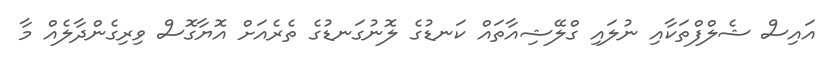
އައިސް ޝެލްފްތަކާއި ނުލައި ގްލޭޝިއާތައް ކަނޑުގެ ލޮނުގަނޑުގެ ތެރެއަށް އޮޔާގޮސް ވިރިގެންދާލެއް މާ